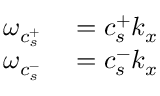
\begin{array} { r l } { \omega _ { c _ { s } ^ { + } } } & { { } = c _ { s } ^ { + } k _ { x } } \\ { \omega _ { c _ { s } ^ { - } } } & { { } = c _ { s } ^ { - } k _ { x } } \end{array}